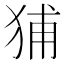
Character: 𤞨